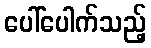
ပေါ်ပေါက်သည့်